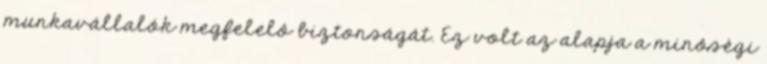
munkavállalók megfelelô biztonságát. Ez volt az alapja a minôségi